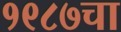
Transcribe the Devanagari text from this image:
१९८७चा